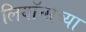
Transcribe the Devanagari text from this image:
लियॉन्सच्या